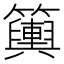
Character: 𥷔